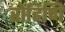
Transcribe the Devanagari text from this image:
रोहिणि